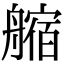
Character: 䑿